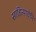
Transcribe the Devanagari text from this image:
साहित्याचेनि